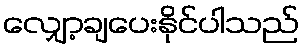
လျှော့ချပေးနိုင်ပါသည်